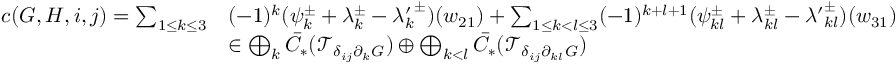
\begin{array} { r l } { c ( G , H , i , j ) = \sum _ { 1 \leq k \leq 3 } } & { ( - 1 ) ^ { k } ( \psi _ { k } ^ { \pm } + \lambda _ { k } ^ { \pm } - { \lambda _ { k } ^ { \prime } } ^ { \pm } ) ( w _ { 2 1 } ) + \sum _ { 1 \leq k < l \leq 3 } ( - 1 ) ^ { k + l + 1 } ( \psi _ { k l } ^ { \pm } + \lambda _ { k l } ^ { \pm } - { \lambda ^ { \prime } } _ { k l } ^ { \pm } ) ( w _ { 3 1 } ) } \\ & { \in \bigoplus _ { k } \bar { C } _ { * } ( \mathcal { T } _ { \delta _ { i j } \partial _ { k } G } ) \oplus \bigoplus _ { k < l } \bar { C } _ { * } ( \mathcal { T } _ { \delta _ { i j } \partial _ { k l } G } ) } \end{array}